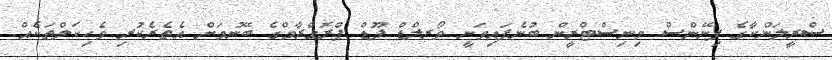
ސްރީލަންކާގެ ފިނޭންސް މިނިސްޓްރީން ބުނެފައިވަނީ ވޯރލްޑް ފޫޑް ޕްރޮގްރާމްގެ ބޭނުމަށް އެތެރެކުރި ވެހިކަލްތަކެއް